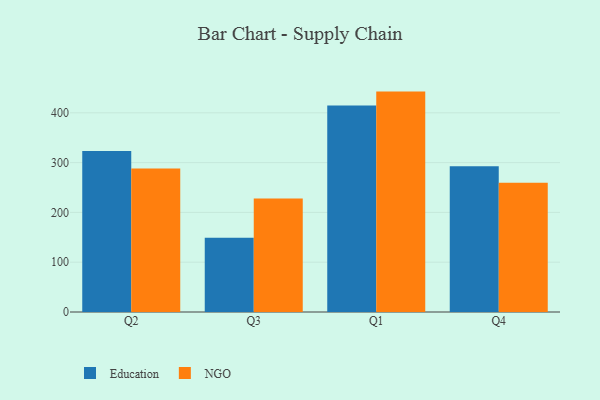
{"axis": {"x": "Quarter", "y": "Humidity (%)"}, "legend": ["Education", "NGO"], "data": [{"x": "Q2", "y": 323.2, "type": "Education"}, {"x": "Q2", "y": 288.4, "type": "NGO"}, {"x": "Q3", "y": 149.1, "type": "Education"}, {"x": "Q3", "y": 227.7, "type": "NGO"}, {"x": "Q1", "y": 414.7, "type": "Education"}, {"x": "Q1", "y": 442.6, "type": "NGO"}, {"x": "Q4", "y": 292.5, "type": "Education"}, {"x": "Q4", "y": 259.4, "type": "NGO"}]}